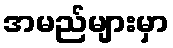
အမည်များမှာ